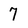
Character: 7